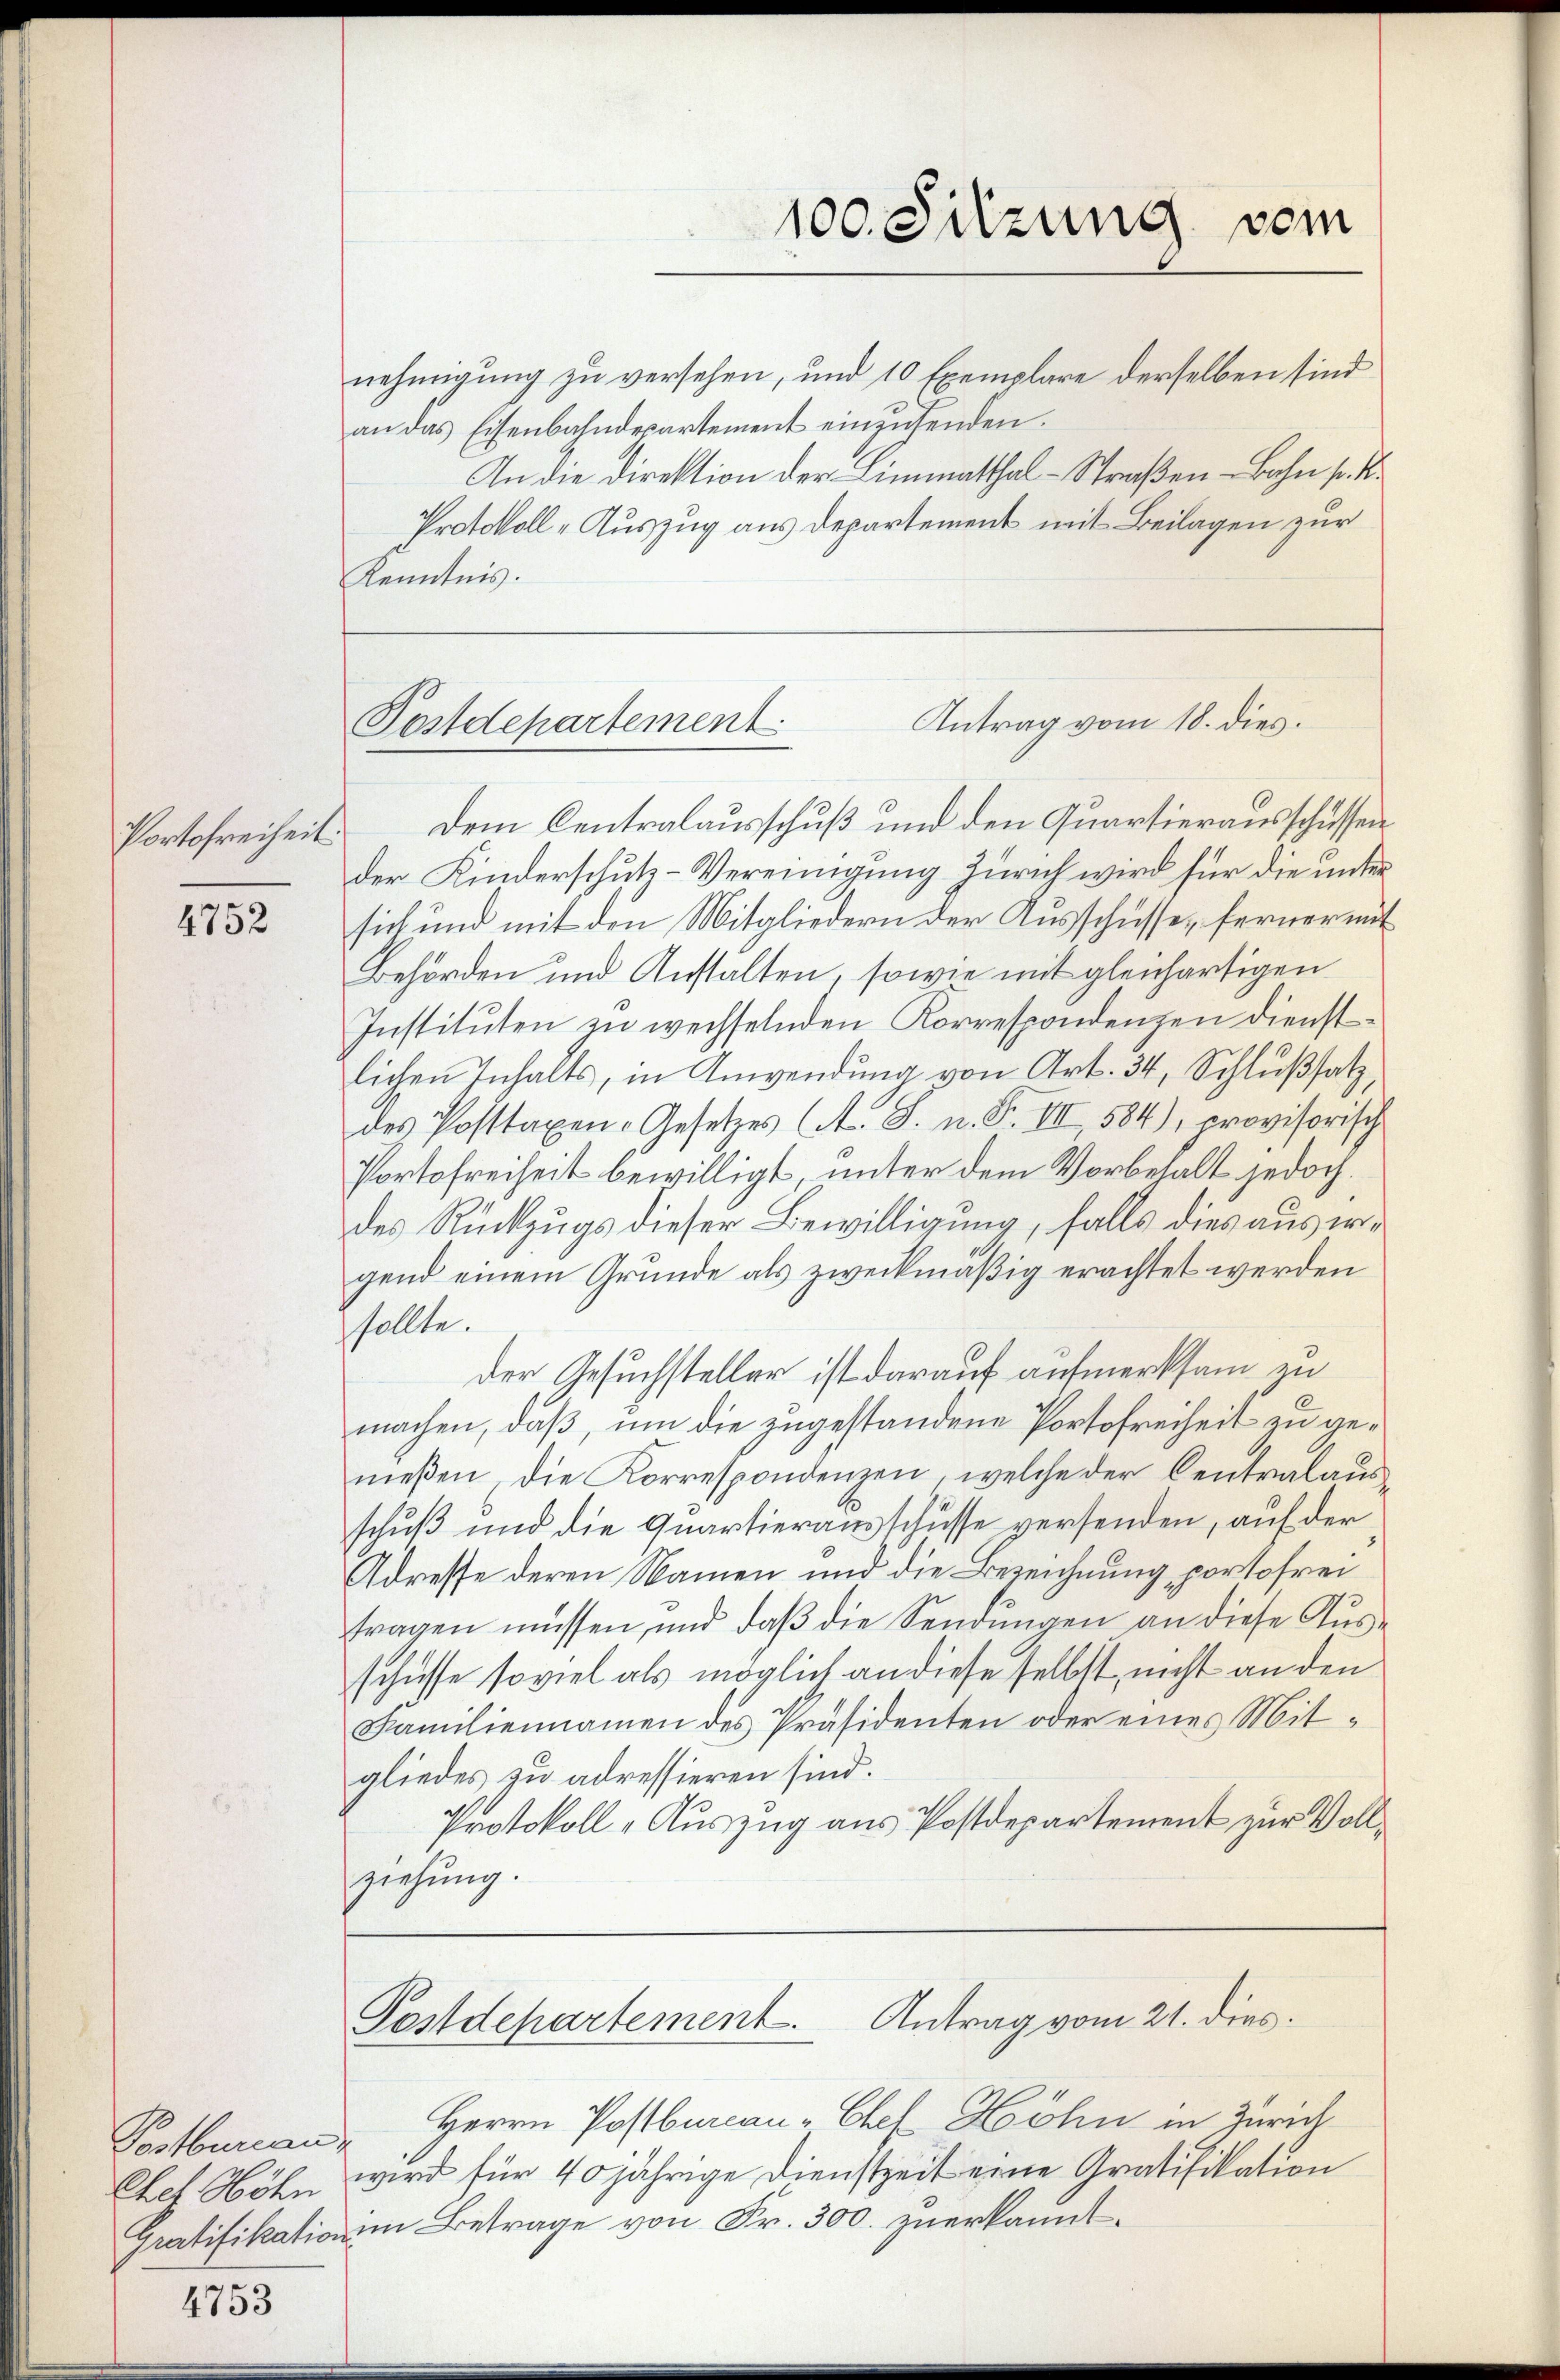
4752

4753

Portofreiheit

Postbureau
Chel Höhn
Gratifikation

nehmigung zu versehen, und 10 Exemplare derselben sind
an das Eisenbahndepartement einzusenden.
An die Direktion der Limmatthal-Straßen-Bahn pr. K.
Protokoll-Auszug aus Departement mit Beilagen zur
Kenntnis.

100. Sitzung vom

Antrag vom 18. dies
Postdepartement

Postdepartement. Antrag vom 21. dies.

Herrn Postbureau-Chef Höhn in Zürich
wird für 40 jährige Dienstzeit eine Gratifikation
im Betrage von Fr. 300. zuerkannt.

Dem Centralausschuß und den Quartierausschüssen
der Kinderschutz-Vereinigung Zürich wird für die unter
sich und mit den Mitgliedern der Ausschüsse, ferner mit
Behörden und Anstalten, sowie mit gleichartigen
Instituten zu wechselnden Korrespondenzen Dienstlichen Inhalts, in Anwendung von Art. 34, Schlußsatz,
des Posttaxen-Gesetzes (A. S. n. F. VII, 584), provisorisch
Portofreiheit bewilligt, unter dem Vorbehalt jedoch.
des Rückzugs dieser Bewilligung, falls dies aus wir
gend einem Grunde als zweckmäßig erachtet werden
sollte.
der Gesuchsteller ist darauf aufmerksam zu
machen, daß, um die zugestandene Portofreiheit zu geneβen die Korrespondenzen, welche der Centralaŭs
schuß und die Quartierausschüsse versenden, auf der
Adresse deren Namen und die Bezeichnung portofrei
tragen müssen, und daβ die Sendungen an diese Aus-
schüsse soviel als möglich an diese selbst nicht an den
Familiennamen des Präsidenten oder eines Mitgliedes zu adressieren sind.
Protokoll-Auszug aus Postdepartement zur Vollziehung.